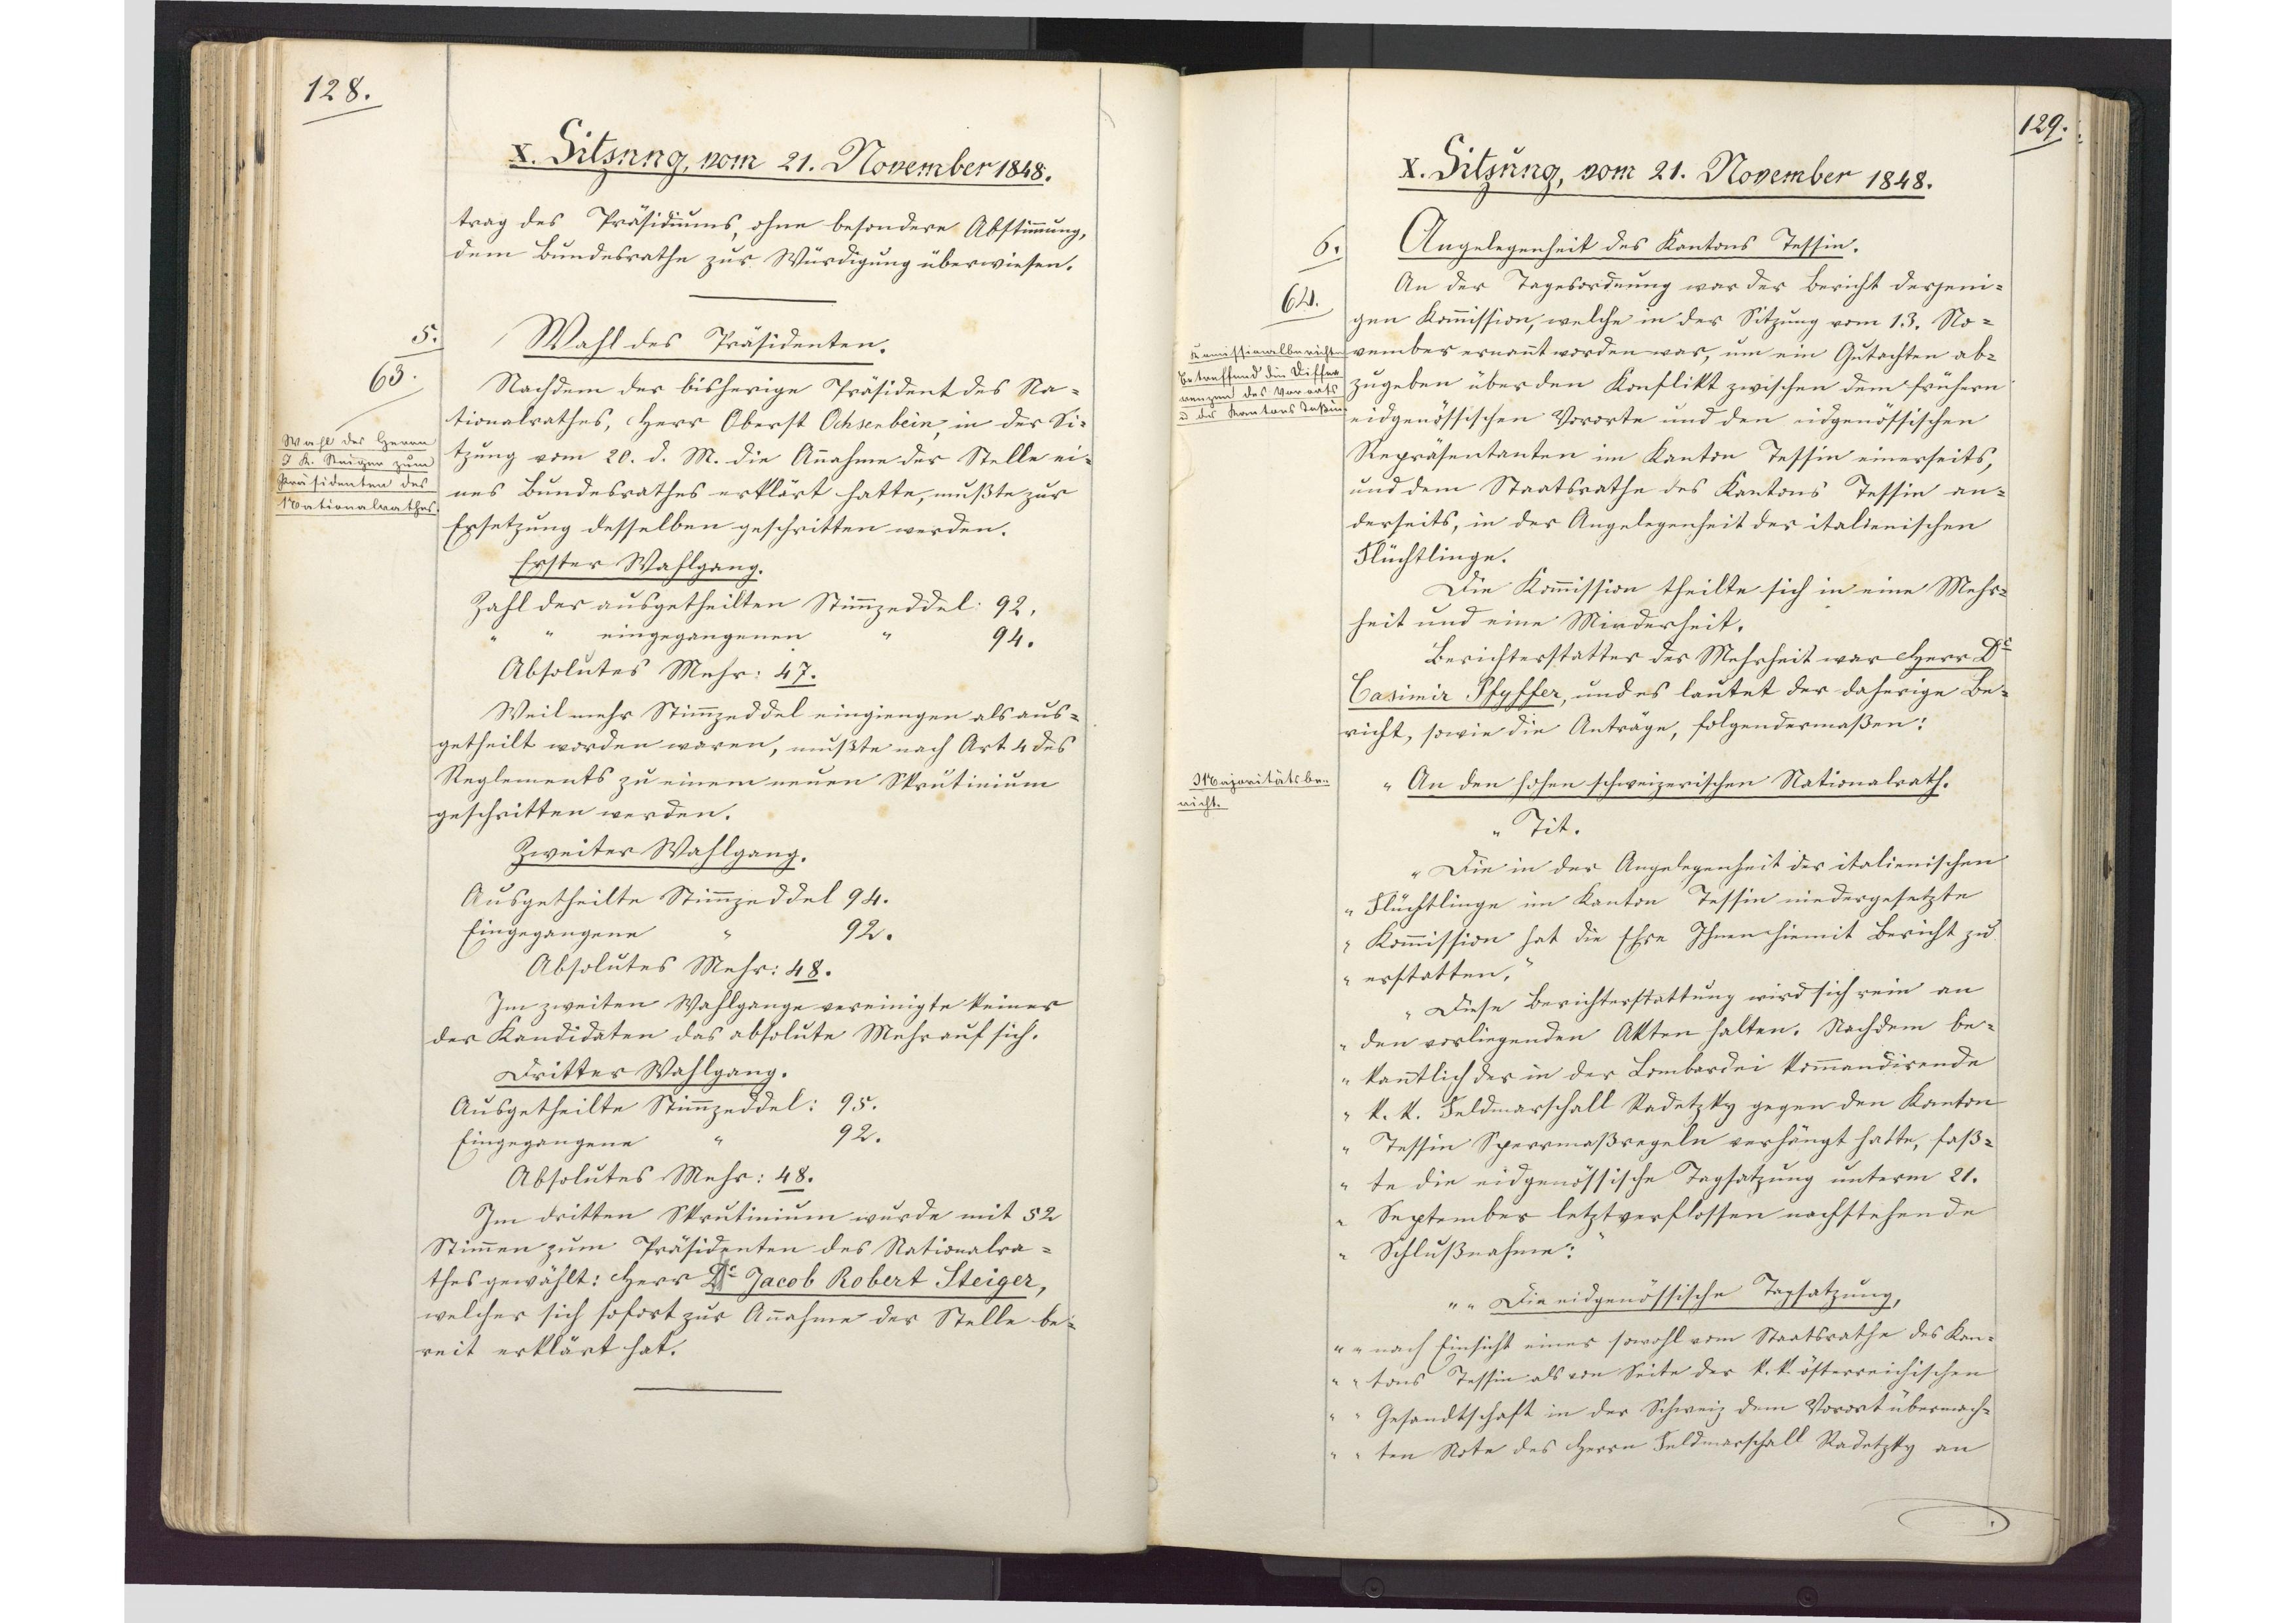
128.

X. Sitzung, vom 21. November 1848.

trag des Präsidiums, ohne besondere Abstimmung,
dem Bundesrathe zur Würdigung überwiesen.
Wahl des Präsidenten.
Nachdem der bisherige Präsident des Na¬
tionalrathes, Herr Oberst Ochsenbein, in der Si¬
tzung vom 20. d. M. die Annahme der Stelle ei¬
nes Bundesrathes erklärt hatte, mußte zur
Ersetzung desselben geschritten werden.
Erster Wahlgang.
Zahl der ausgetheilten Stimmzeddel 92.
Zahl der eingegangenen Stimmzeddel 94.
Absolutes Mehr: 47.
Weil mehr Stimmzeddel eingiengen als aus¬
getheilt worden waren, mußte nach Art. 4 des
Reglements zu einem neuen Skrutinium
geschritten werden.
Zweiter Wahlgang.
Ausgetheilte Stimmzeddel 94.
Eingegangene Stimmzeddel 92.
Absolutes Mehr: 48.
Im weiten Wahlgange vereinigte keiner
der Kandidaten das absolute Mehr auf sich.
Dritter Wahlgang.
Ausgetheilte Stimmzeddel: 95.
Eingegangene Stimmzeddel: 92.
Absolutes Mehr: 48.
Im dritten Skrutinium wurde mit 52
Stimmen zum Präsidenten des Nationalra¬
thes gewählt: Herr Dr. Jacob Robert Steiger,
welcher sich sofort zur Annahme der Stelle be¬
reit erklärt hat.

5.
63
Wahl des Herren
J. R. Steiger zum
Präsidenten des
Nationalrathes.

129.

X. Sitzung, vom 21. November 1848.

Angelegenheit des Kantons Tessin.
An der Tagesordnung war der Bericht derjeni¬
gen Kommission, welche in der Sitzung vom 13. No¬
vember ernannt worden war, um ein Gutachten ab¬
zugeben über den Konflikt zwischen dem frühern
eidgenössischen Vororte und den eidgenössischen
Repräsentanten im Kanton Tessin einerseits,
und dem Staatsrathe des Kantons Tessin an¬
derseits, in der Angelegenheit der italienischen
Flüchtlinge.
Die Kommission theilte sich in eine Mehr¬
heit und eine Minderheit.
Berichterstatter der Mehrheit war Herr Dr.
Casimir Pfyffer, und es lautet der daherige Be¬
richt, sowie die Anträge, folgendermaßen:
"An den hohen schweizerischen Nationalrath.
Tit.
Die in der Angelegenheit der italienischen
Flüchtlinge im Kanton Tessin niedergesetzte
Kommission hat die Ehre Ihnen hiemit Bericht zu
erstatten.
Diese Berichterstattung wird sich rein an
den vorliegenden Akten halten. Nachdem be¬
kanntlich der in der Lombardei kommandirende
K. K. Feldmarschall Radetzky gegen den Kanton
Tessin Sperrmaßregeln verhängt hatte, faß¬
te die eidgenössische Tagsatzung unterm 21.
September letztverflossen nachstehende
Schlußnahme:
"Die eidgenössische Tagsatzung,
nach Einsicht eines sowohl vom Staatsrathe des Kan¬
tons Tessin als von Seite der K. K. österreichischen
Gesandtschaft in der Schweiz dem Vorort übermach¬
ten Note des Herrn Feldmarschall Radetzty an

6.
64
Kommissionalberichte
betreffend die Diffe¬
renzen des Vororts
und des Kantons Teßin.

Majoritätsbe¬
richt.